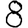
Digit: 8